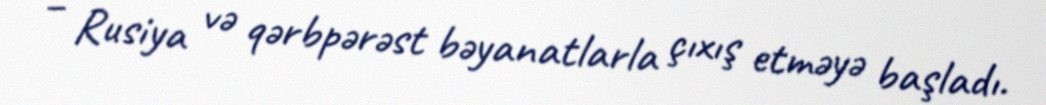
– Rusiya və qərbpərəst bəyanatlarla çıxış etməyə başladı.